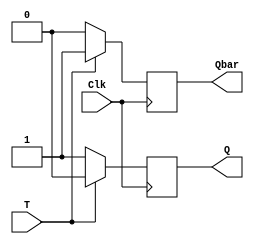
module t_ff(T,Clk,Q,Qbar );
input T,Clk;
output Q,Qbar;
reg Q,Qbar;
always@(posedge(Clk))
begin
if(T==0)
begin
 Q =1'b1;
 Qbar=1'b0;
end
else
begin
 Q =1'b0;
 Qbar=1'b1;
end
end
endmodule